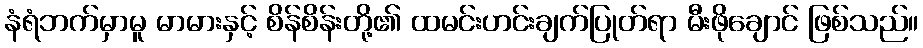
နံရံဘက်မှာမူ မာမားနှင့် စိန်စိန်းတို့၏ ထမင်းဟင်းချက်ပြုတ်ရာ မီးဖိုချောင် ဖြစ်သည်။